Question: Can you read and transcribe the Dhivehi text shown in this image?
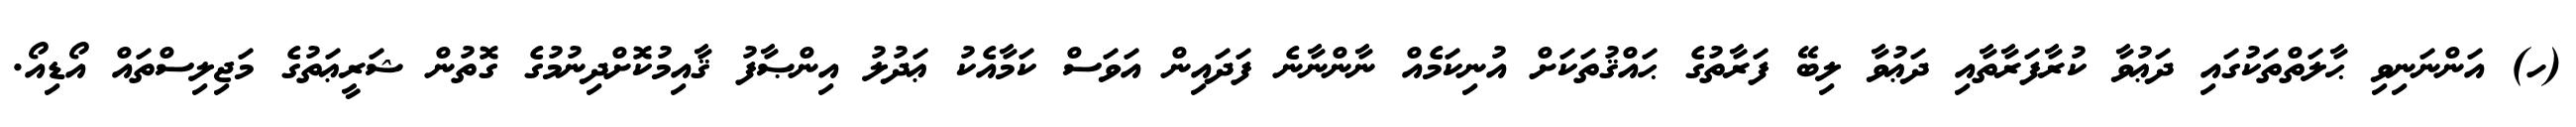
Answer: (ހ) އަންނަނިވި ޙާލަތްތަކުގައި ދަޢުވާ ކުރާފަރާތާއި ދަޢުވާ ލިބޭ ފަރާތުގެ ޙައްޤުތަކަށް އުނިކަމެއް ނާންނާނެ ފަދައިން އަވަސް ކަމާއެކު ޢަދުލު އިންޞާފު ޤާއިމުކޮށްދިނުމުގެ ގޮތުން ޝަރީޢަތުގެ މަޖިލިސްތައް އޯޑިއޯ.